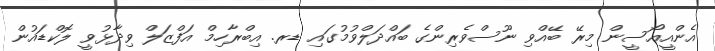
އެންއީއޯސީން މިރޭ ބޭއްވި ނޫސްވެރިންގެ ބައްދަލްވުމުގައި ޑރ. އިބްރާހިމް އަފްޒަލް ވިދާޅުވީ ލޮކްޑައުން